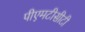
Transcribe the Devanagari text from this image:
पीएमटीसीटी